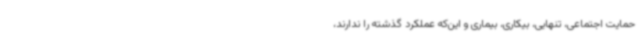
حمایت اجتماعی، تنهایی، بیکاری، بیماری و این‌که عملکرد گذشته را ندارند،